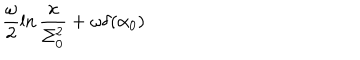
LaTeX: \frac { \omega } { 2 } \ln \frac { x } { \Sigma _ { 0 } ^ { 2 } } + \omega \delta ( \alpha _ { 0 } )